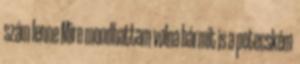
szám lenne Mire mondhattam volna bármit is a petecském